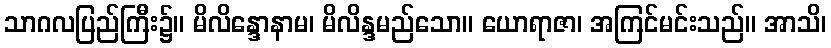
သာဂလပြည်ကြီး၌။ မိလိန္ဒောနာမ၊ မိလိန္ဒမည်သော။ ယောရာဇာ၊ အကြင်မင်းသည်။ အာသိ၊